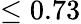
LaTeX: \leq 0.73